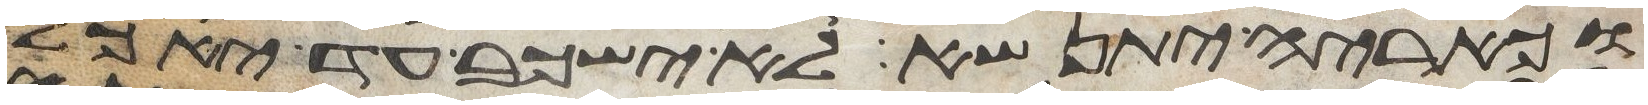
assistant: וכאריה יתנשא לא ישכב עד יאכל